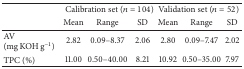
|  | <COLSPAN=3> Calibration set (n = 104) | <COLSPAN=3> Validation set (n = 52) |
 |  | Mean | Range | SD | Mean | Range | SD |
 | --- | --- | --- | --- | --- | --- | --- |
 | AV (mg KOH g−1) | 2.82 | 0.09–8.37 | 2.06 | 2.80 | 0.09–7.47 | 2.02 |
 | TPC (%) | 11.00 | 0.50–40.00 | 8.21 | 10.92 | 0.50–35.00 | 7.97 |